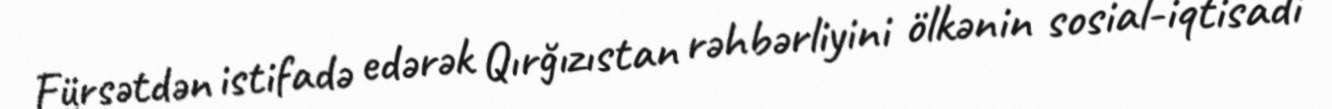
Fürsətdən istifadə edərək Qırğızıstan rəhbərliyini ölkənin sosial-iqtisadi